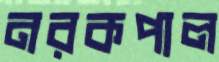
নরকপাল